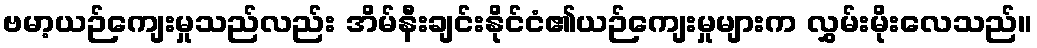
ဗမာ့ယဉ်ကျေးမှုသည်လည်း အိမ်နီးချင်းနိုင်ငံ၏ယဉ်ကျေးမှုများက လွှမ်းမိုးလေသည်။